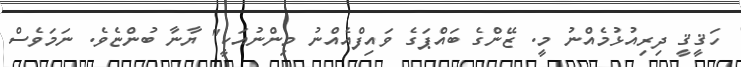
ހަޤީޤީ ދިރިއުޅުމެއްނު މީ. ޒޭންގެ ބައްޕަގެ ވައިފްއެއްނު މިންނުއަކީ" ޔާނާ ބުންޏެވެ. ނަމަވެސް